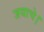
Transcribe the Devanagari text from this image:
जयाचे।